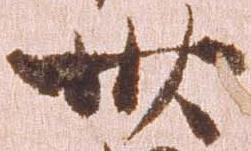
卅